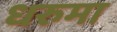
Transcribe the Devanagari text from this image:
धरुमा